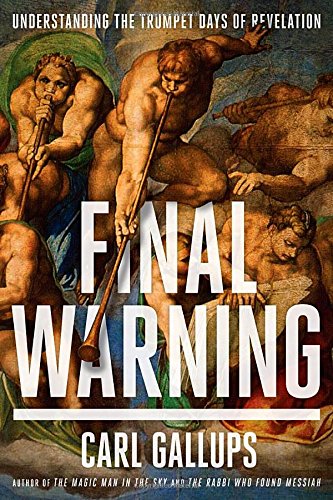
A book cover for Final Warning: Understanding the Trumpet Days of Revelation; Carl Gallups; Christian Books & Bibles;